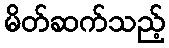
မိတ်ဆက်သည့်